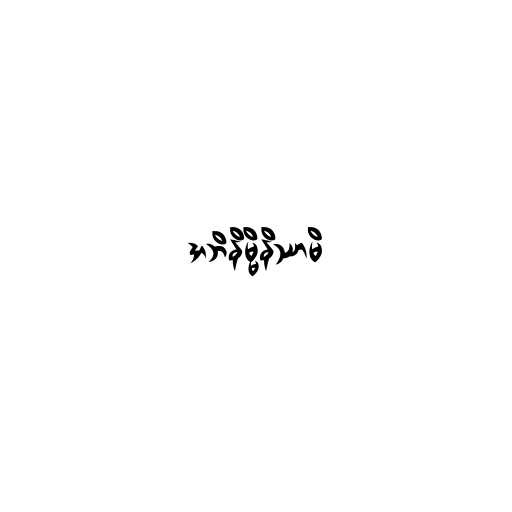
အဘိနိမ္မိနိဿာမိ